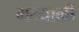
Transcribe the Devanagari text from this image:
मन्याळी